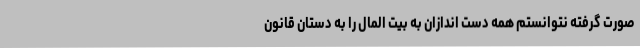
صورت گرفته نتوانستم همه دست اندازان به بیت المال را به دستان قانون